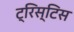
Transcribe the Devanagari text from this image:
ट्रिस्टिस